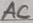
Text: AC